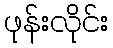
ဖုန်းလိုင်း